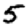
Digit: 5